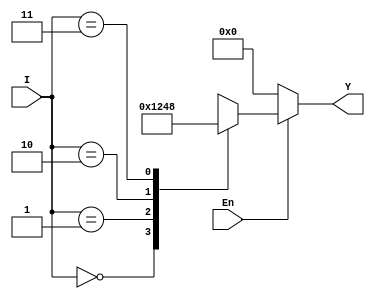
`timescale 1ns / 1ps
//////////////////////////////////////////////////////////////////////////////////
// Company: 
// Engineer: 
// 
// Design Name: 
// Module Name: DEC2T4E
// Project Name: 
// Target Devices: 
// Tool Versions: 
// Description: 
// 
// Dependencies: 
// 
// Revision:
// Revision 0.01 - File Created
// Additional Comments:
// 
//////////////////////////////////////////////////////////////////////////////////


module DEC2T4E(I,En,Y);
input En;
input [1:0] I;
output reg [3:0] Y;
/*
En=0
Y_
*/

always @(*)
    if (En==1) begin
        case(I[1:0])
            2'b00: Y[3:0]=4'b0001;
            2'b01: Y[3:0]=4'b0010;
            2'b10: Y[3:0]=4'b0100;
            2'b11: Y[3:0]=4'b1000;
	    endcase
    end

    else begin
        Y[3:0]=4'b0000;
    end
endmodule